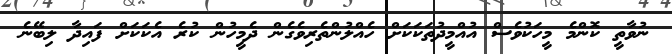
ނުވާތީ ކޮންމެ މީހަކުވެސް އުއްމީދުތަކަކަށް ހެއްލުންތެރިވެގެން ދެމީހުން ކުރެ އެކަކަށް ފައިދާ ލިބޭނެ